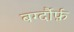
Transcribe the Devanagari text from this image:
बर्ग्दौर्फ़